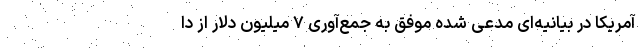
آمریکا در بیانیه‌ای مدعی شده موفق به جمع‌آوری ۷ میلیون دلار از دا